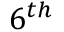
6 ^ { t h }